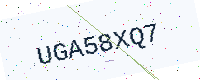
Text: UGA58XQ7